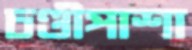
চণ্ডীপাশা